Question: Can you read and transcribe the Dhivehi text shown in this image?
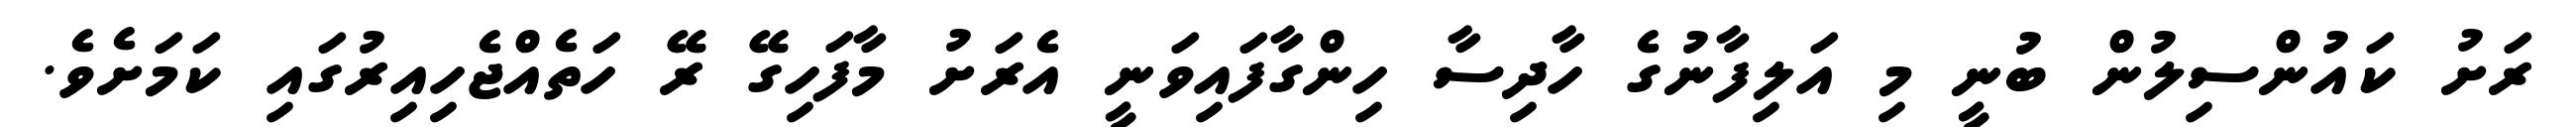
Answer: ރަށު ކައުންސިލުން ބުނީ މި އަލިފާނުގެ ހާދިސާ ހިންގާފައިވަނީ އެރަށު މާފަހިގޭ ރޭ ހަތެއްޖެހިއިރުގައި ކަމަށެވެ.